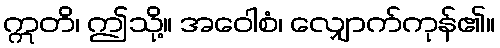
ဣတိ၊ ဤသို့။ အဝေါစံ၊ လျှောက်ကုန်၏။